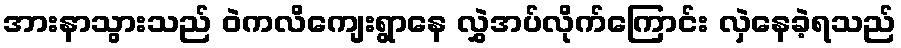
အားနာသွားသည် ဝဲကလိကျေးရွာနေ လွှဲအပ်လိုက်ကြောင်း လှဲနေခဲ့ရသည်